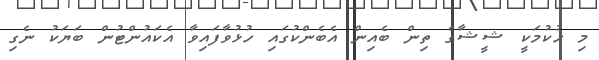
މި ހުކުމަކީ ޝީޝާގެ ތިން ބެއިން އެބެންކުގައި ހުޅުވާފައިވާ އެކައުންޓުން ބަޔަކު ނެގި